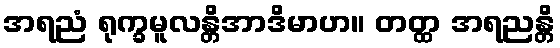
အရညံ ရုက္ခမူလန္တိအာဒိမာဟ။ တတ္ထ အရညန္တိ